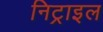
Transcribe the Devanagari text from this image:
निट्राइल